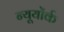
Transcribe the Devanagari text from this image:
न्यूयोंर्क